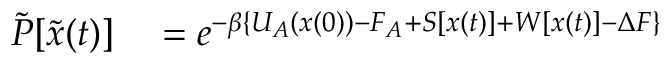
\begin{array} { r l } { \tilde { P } [ \tilde { { \boldsymbol { x } } } ( t ) ] } & { { } = e ^ { - \beta \{ U _ { A } ( { \boldsymbol { x } } ( 0 ) ) - F _ { A } + S [ { \boldsymbol { x } } ( t ) ] + W [ { \boldsymbol { x } } ( t ) ] - \Delta F \} } } \end{array}